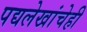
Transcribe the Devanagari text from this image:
पद्यलेखांचेही